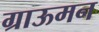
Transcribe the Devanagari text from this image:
ग्राऊमन